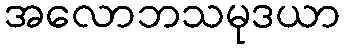
အလောဘသမုဒယာ